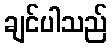
ချင်ပါသည်